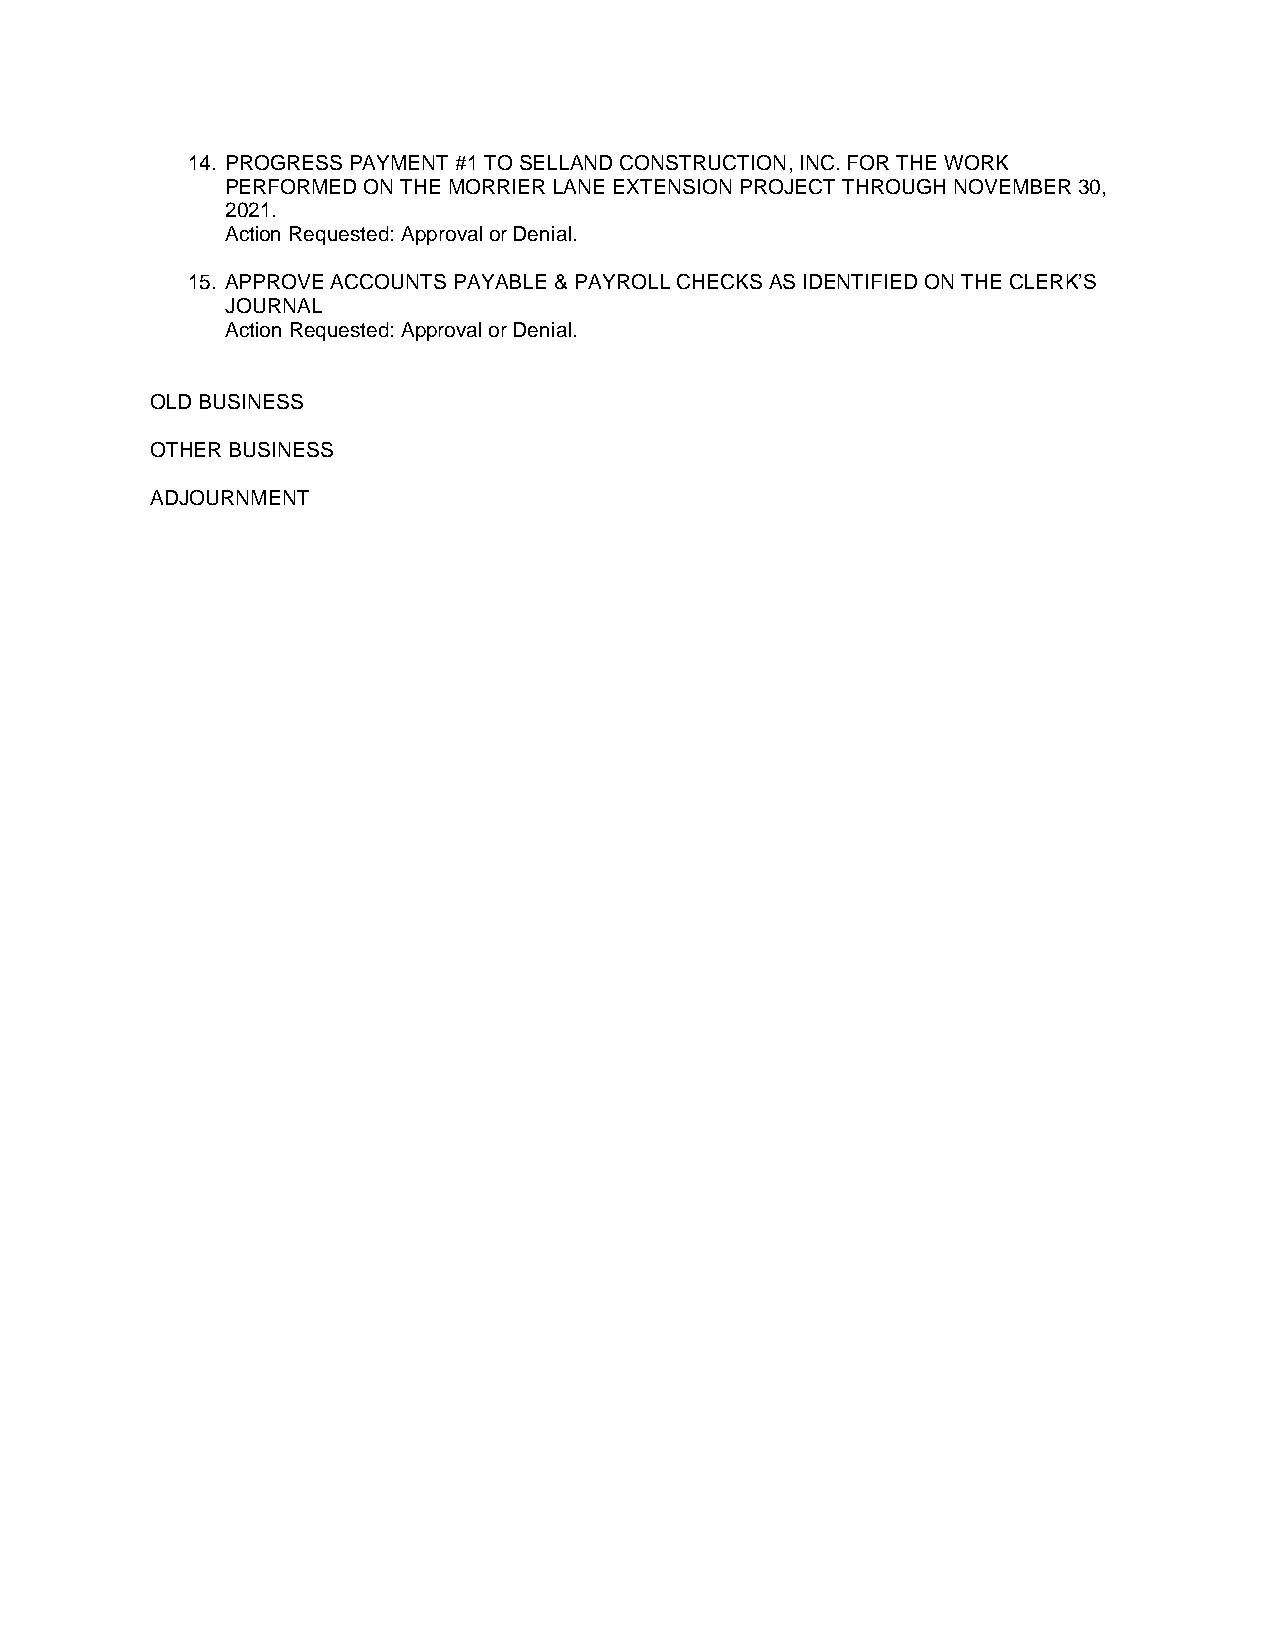
14. PROGRESS PAYMENT #1 TO SELLAND CONSTRUCTION, INC. FOR THE WORK
 PERFORMED ON THE MORRIER LANE EXTENSION PROJECT THROUGH NOVEMBER 30,
 2021.
 Action Requested: Approval or Denial.
 15. APPROVE ACCOUNTS PAYABLE & PAYROLL CHECKS AS IDENTIFIED ON THE CLERK’S
 JOURNAL
 Action Requested: Approval or Denial.
 OLD BUSINESS
 OTHER BUSINESS
 ADJOURNMENT